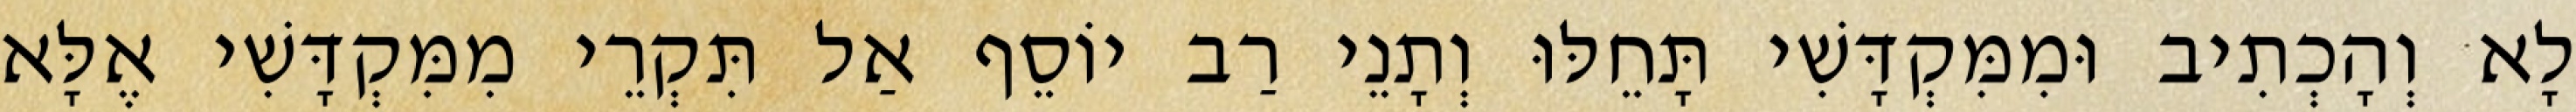
לָא וְהָכְתִיב וּמִמִּקְדָּשִׁי תָּחֵלּוּ וְתָנֵי רַב יוֹסֵף אַל תִּקְרֵי מִמִּקְדָּשִׁי אֶלָּא